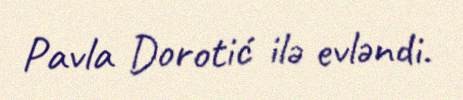
Pavla Dorotić ilə evləndi.